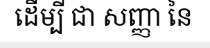
ដើម្បី ជា សញ្ញា នៃ